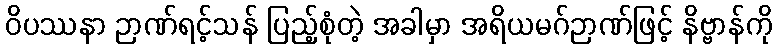
ဝိပဿနာ ဉာဏ်ရင့်သန် ပြည့်စုံတဲ့ အခါမှာ အရိယမဂ်ဉာဏ်ဖြင့် နိဗ္ဗာန်ကို